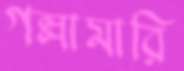
গল্লামারি